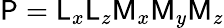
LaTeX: \mathsf{P}=\mathsf{L}_{x}\mathsf{L}_{z}\mathsf{M}_{x}\mathsf{M}_{y}\mathsf{M}_{z}